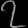
Digit: ၇